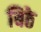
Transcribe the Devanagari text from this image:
बिठे